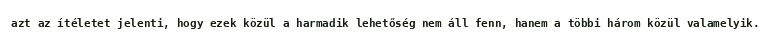
azt az ítéletet jelenti, hogy ezek közül a harmadik lehetőség nem áll fenn, hanem a többi három közül valamelyik.